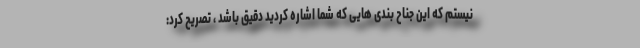
نیستم که این جناح بندی هایی که شما اشاره کردید دقیق باشد ، تصریح کرد: